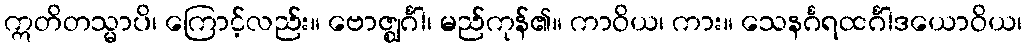
ဣတိတသ္မာပိ၊ ကြောင့်လည်း။ ဗောဇ္ဈင်္ဂါ၊ မည်ကုန်၏။ ကာဝိယ၊ ကား။ သေနင်္ဂရထင်္ဂါဒယောဝိယ၊